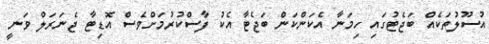
އުސޫލުތަކެއް ބަޖެޓުގައި ހިމަނާ އެކަންކަން ބަޖެޓާ އެކު ފާސްކުރުމަށްވެސް އޮޑިޓާ ޖެނަރަލް ވަނީ